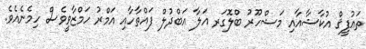
ތައުފީޤް އުކާޝާއާއި މަޝްހޫރު ބްލޮގަރ އަލާ އަބްދުލް ފައްތާހާއި އަމްރު ހަމްޒާވީވެސް ހިމެނެއެވެ.